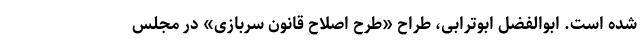
شده است. ابوالفضل ابوترابی، طراح «طرح اصلاح قانون سربازی» در مجلس